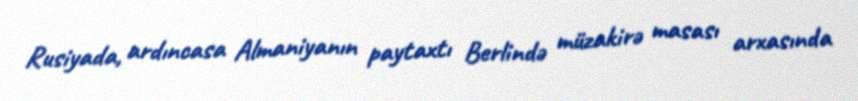
Rusiyada, ardıncasa Almaniyanın paytaxtı Berlində müzakirə masası arxasında